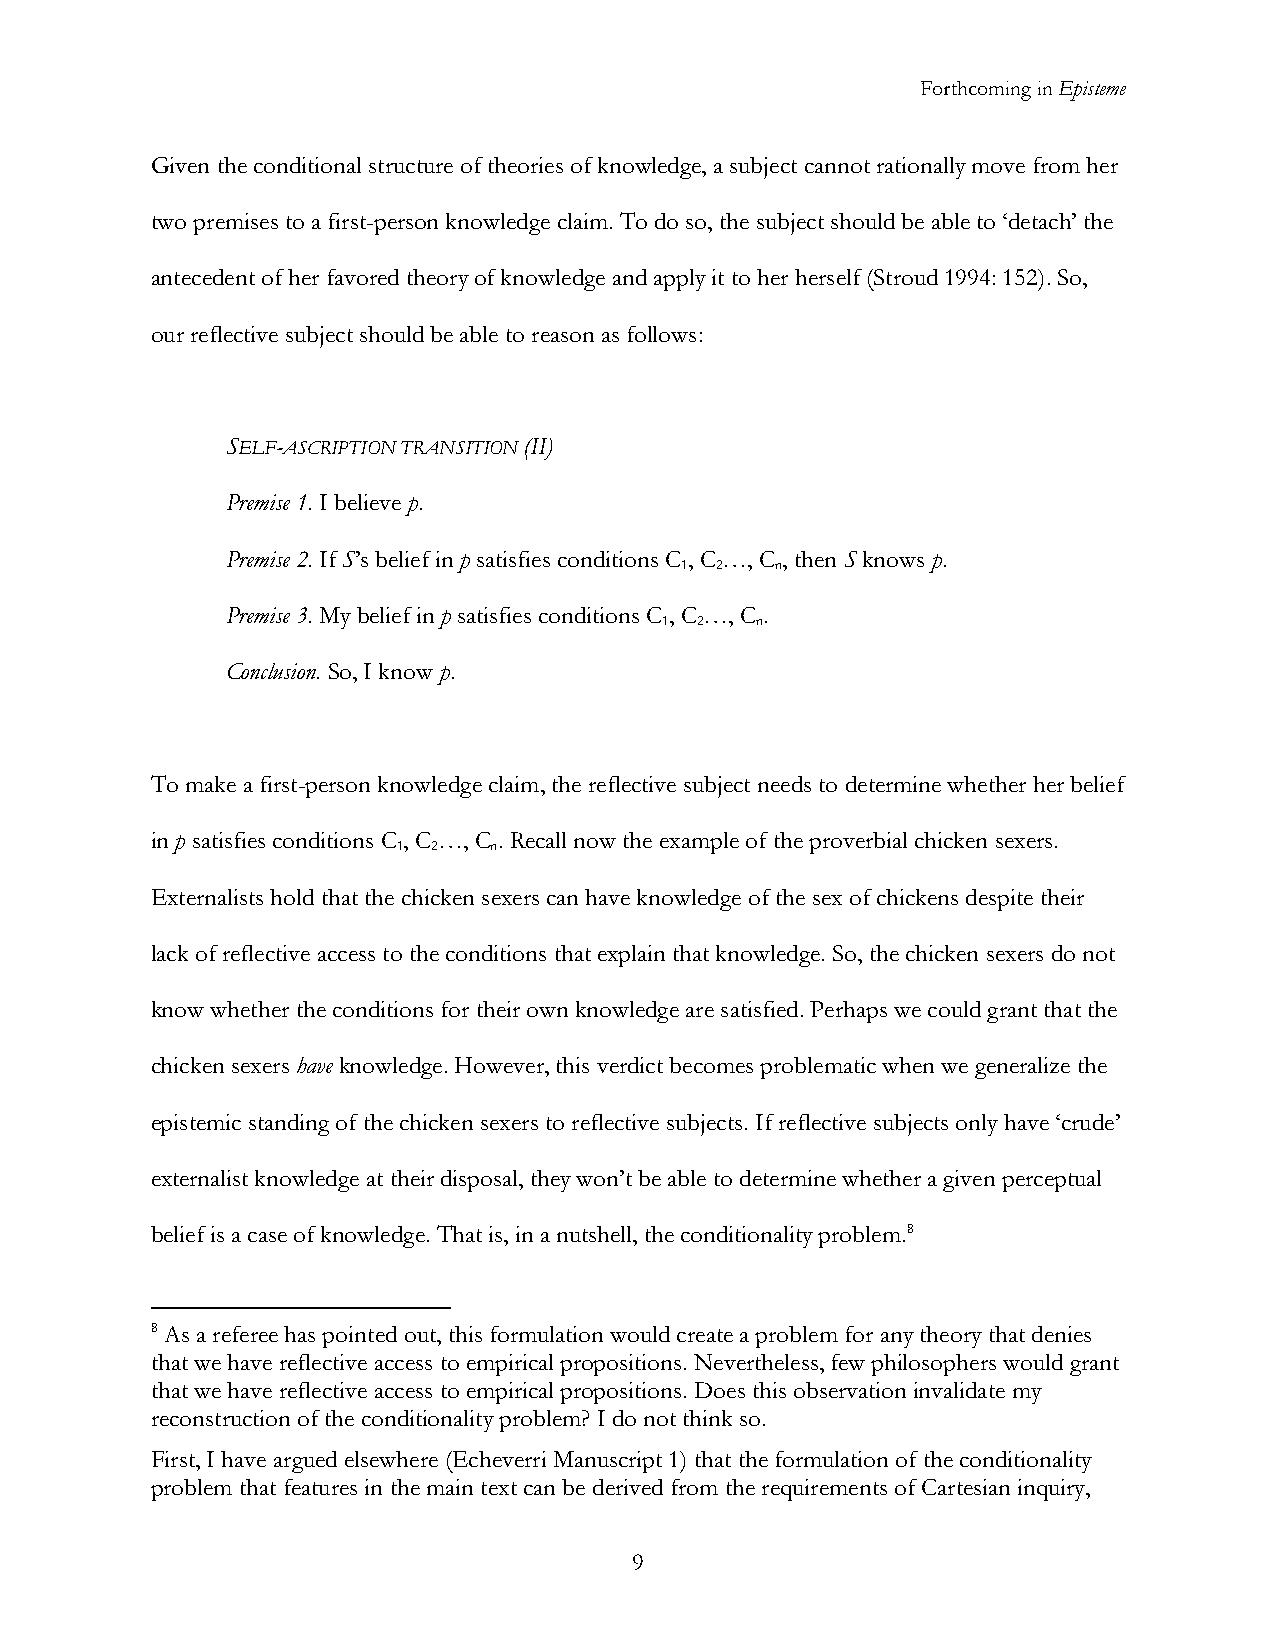
Forthcoming in Episteme
 Given the conditional structure of theories of knowledge, a subject cannot rationally move from her
 two premises to a first-person knowledge claim. To do so, the subject should be able to ‘detach’ the
 antecedent of her favored theory of knowledge and apply it to her herself (Stroud 1994: 152). So,
 our reflective subject should be able to reason as follows:
 SELF-ASCRIPTION TRANSITION (II)
 Premise 1. I believe p.
 Premise 2. If S’s belief in p satisfies conditions C , C …, C , then S knows p.
 1 2   n
 Premise 3. My belief in p satisfies conditions C , C …, C .
 1 2   n
 Conclusion. So, I know p.
 To make a first-person knowledge claim, the reflective subject needs to determine whether her belief
 in p satisfies conditions C , C …, C . Recall now the example of the proverbial chicken sexers.
 1  2  n
 Externalists hold that the chicken sexers can have knowledge of the sex of chickens despite their
 lack of reflective access to the conditions that explain that knowledge. So, the chicken sexers do not
 know whether the conditions for their own knowledge are satisfied. Perhaps we could grant that the
 chicken sexers have knowledge. However, this verdict becomes problematic when we generalize the
 epistemic standing of the chicken sexers to reflective subjects. If reflective subjects only have ‘crude’
 externalist knowledge at their disposal, they won’t be able to determine whether a given perceptual
 belief is a case of knowledge. That is, in a nutshell, the conditionality problem.8
 8 As a referee has pointed out, this formulation would create a problem for any theory that denies
 that we have reflective access to empirical propositions. Nevertheless, few philosophers would grant
 that we have reflective access to empirical propositions. Does this observation invalidate my
 reconstruction of the conditionality problem? I do not think so.
 First, I have argued elsewhere (Echeverri Manuscript 1) that the formulation of the conditionality
 problem that features in the main text can be derived from the requirements of Cartesian inquiry,
 9